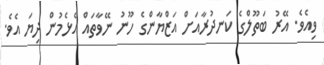
ވިއެވެ. އޭރު ބަތޫލްގެ ކަނދުރާއަށް އަޒްޔާންގެ ހޫނު ނޭވާތައް އެޅެމުން ދިޔަ އެވެ.